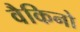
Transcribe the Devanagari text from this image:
वैकिनो